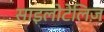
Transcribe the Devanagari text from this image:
साइलोटेलिज़